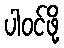
ပါဝင်ဖို့